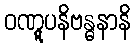
ဝဏ္ဋူပနိဗန္ဓနာနိ